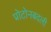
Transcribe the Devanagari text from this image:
प्रोटोनबदली